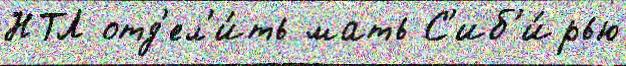
НТЛ отд'ел'и́ть мать С'иб'и́рью